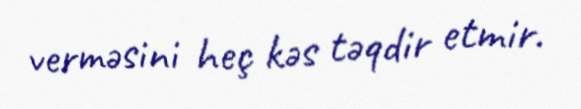
verməsini heç kəs təqdir etmir.